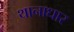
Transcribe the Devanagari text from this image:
थानाधार